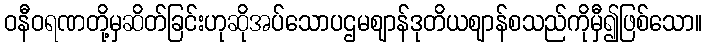
ဝနီဝရဏတို့မှဆိတ်ခြင်းဟုဆိုအပ်သောပဌမဈာန်ဒုတိယဈာန်စသည်ကိုမှီ၍ဖြစ်သော။